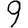
Digit: 9